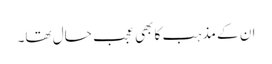
ان کے مذہب کا بھی عجب حال تھا۔